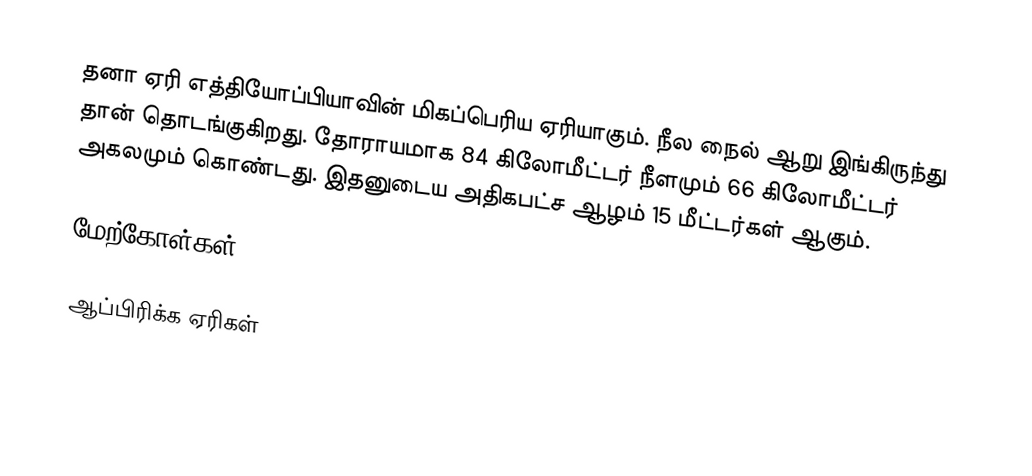
தனா ஏரி எத்தியோப்பியாவின் மிகப்பெரிய ஏரியாகும். நீல நைல் ஆறு இங்கிருந்து தான் தொடங்குகிறது. தோராயமாக 84 கிலோமீட்டர் நீளமும் 66 கிலோமீட்டர் அகலமும் கொண்டது. இதனுடைய அதிகபட்ச ஆழம் 15 மீட்டர்கள் ஆகும்.

மேற்கோள்கள்

ஆப்பிரிக்க ஏரிகள்